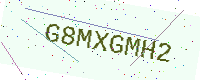
Text: G8MXGMH2